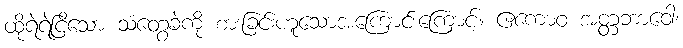
ထိုရဲရဲငြိသော သံတွေခဲကို စားခြင်းဟူသောအကြောင်းကြောင့်။ ဧကောဝ အတ္တဘာဝေါ၊